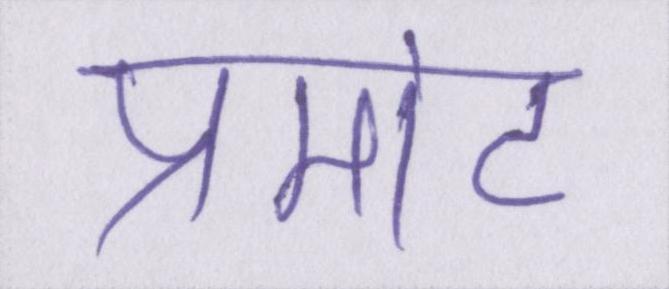
प्रमोट